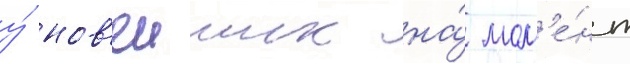
у́ нов'еиших на́ мом'е́нт